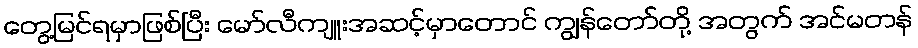
တွေ့မြင်ရမှာဖြစ်ပြီး မော်လီကျူးအဆင့်မှာတောင် ကျွန်တော်တို့ အတွက် အင်မတန်